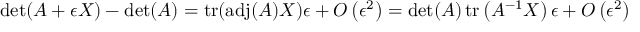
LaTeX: \operatorname* { d e t } ( A + \epsilon X ) - \operatorname* { d e t } ( A ) = \operatorname { t r } ( \operatorname { a d j } ( A ) X ) \epsilon + O \left( \epsilon ^ { 2 } \right) = \operatorname* { d e t } ( A ) \operatorname { t r } \left( A ^ { - 1 } X \right) \epsilon + O \left( \epsilon ^ { 2 } \right)